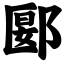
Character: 郾